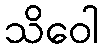
သိဝေါ